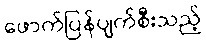
ဖောက်ပြန်ပျက်စီးသည့်